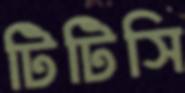
টিটিসি